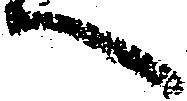
へ